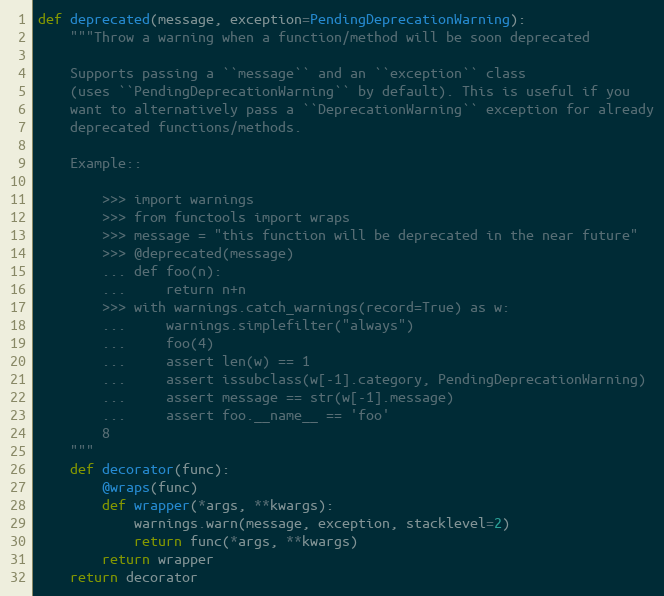
Language: Python
def deprecated(message, exception=PendingDeprecationWarning):
    """Throw a warning when a function/method will be soon deprecated

    Supports passing a ``message`` and an ``exception`` class
    (uses ``PendingDeprecationWarning`` by default). This is useful if you
    want to alternatively pass a ``DeprecationWarning`` exception for already
    deprecated functions/methods.

    Example::

        >>> import warnings
        >>> from functools import wraps
        >>> message = "this function will be deprecated in the near future"
        >>> @deprecated(message)
        ... def foo(n):
        ...     return n+n
        >>> with warnings.catch_warnings(record=True) as w:
        ...     warnings.simplefilter("always")
        ...     foo(4)
        ...     assert len(w) == 1
        ...     assert issubclass(w[-1].category, PendingDeprecationWarning)
        ...     assert message == str(w[-1].message)
        ...     assert foo.__name__ == 'foo'
        8
    """
    def decorator(func):
        @wraps(func)
        def wrapper(*args, **kwargs):
            warnings.warn(message, exception, stacklevel=2)
            return func(*args, **kwargs)
        return wrapper
    return decorator